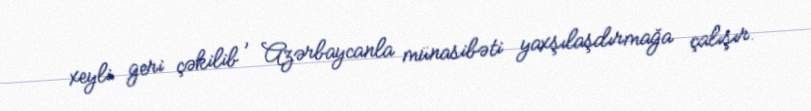
xeyli geri çəkilib , Azərbaycanla münasibəti yaxşılaşdırmağa çalışır.